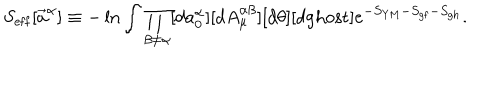
S _ { \mathrm { e f f } } [ \vec { a } ^ { \alpha } ] \equiv - \ln \int \prod _ { \beta \neq \alpha } [ d a _ { 0 } ^ { \alpha } ] [ d A _ { \mu } ^ { \alpha \beta } ] [ d \theta ] [ d \mathrm { g h o s t } ] e ^ { - S _ { \mathrm { Y M } } - S _ { \mathrm { g f } } - S _ { \mathrm { g h } } } .